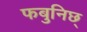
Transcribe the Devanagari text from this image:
फबुनिछ्